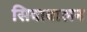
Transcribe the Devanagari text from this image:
सिवाबालन